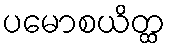
ပမောစယိတ္ထ